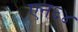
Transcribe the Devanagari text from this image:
एन६४